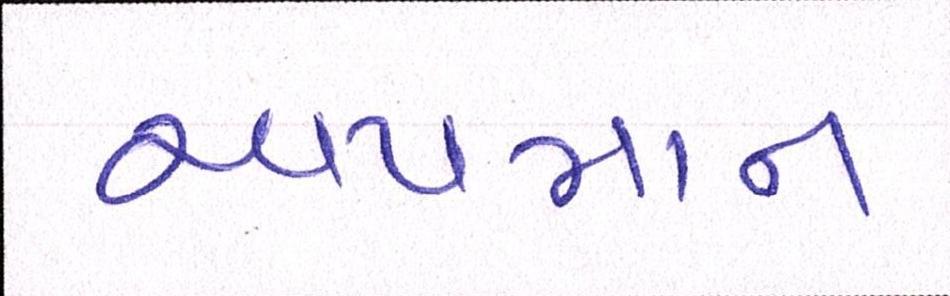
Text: અપમાન